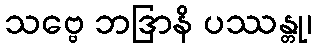
သဗ္ဗေ ဘဒြာနိ ပဿန္တု၊